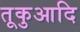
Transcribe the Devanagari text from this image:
तूकुआदि